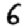
Digit: 6